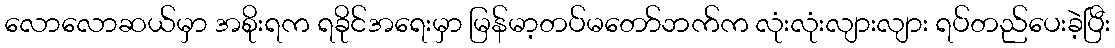
လောလောဆယ်မှာ အစိုးရက ရခိုင်အရေးမှာ မြန်မာ့တပ်မတော်ဘက်က လုံးလုံးလျားလျား ရပ်တည်ပေးခဲ့ပြီး